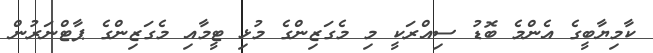
ކާމިޔާބީގެ އެންމެ ބޮޑު ސިއްރަކީ މި މެގަޒިންގެ މުޅި ޓީމާއި މެގަޒިންގެ ޕާޓްނަރުން